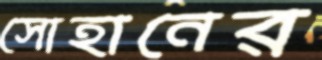
সোহানের